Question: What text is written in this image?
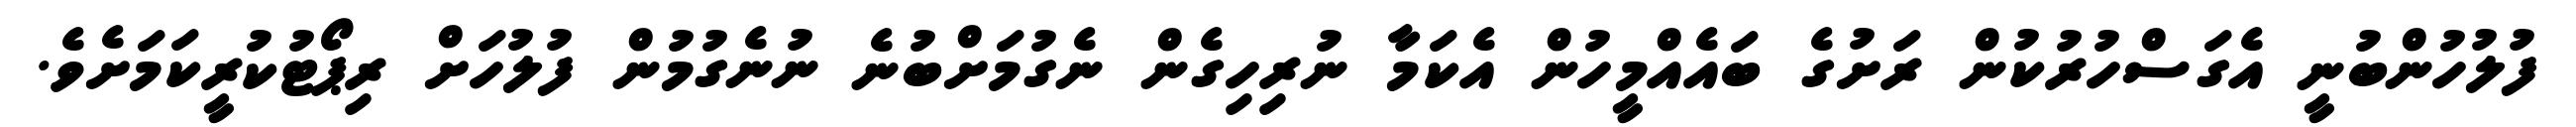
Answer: ފުލުހުންބުނީ އެގަސްހުރުކުން ރަށުގެ ބައެއްމީހުން އެކަމާ ނުރިހިގެން ނެގުމަށްބުނެ ނުނެގުމުން ފުލުހަށް ރިޕޯޓުކުރީކަމަށެވެ.